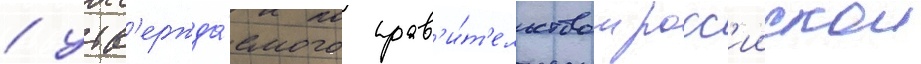
/ утв'ержда́емого прав'и́т'ельством росс'иискои